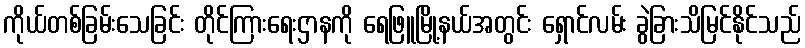
ကိုယ်တစ်ခြမ်းသေခြင်း တိုင်ကြားရေးဌာနကို ရေဖြူမြို့နယ်အတွင်း ရှောင်လမ်း ခွဲခြားသိမြင်နိုင်သည်